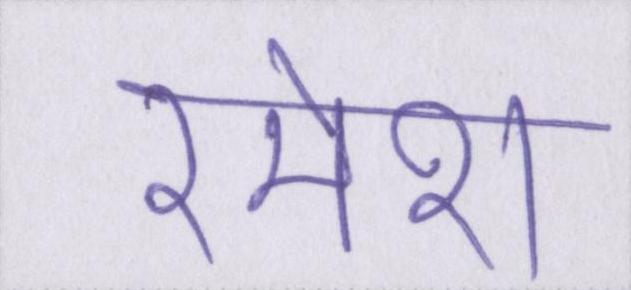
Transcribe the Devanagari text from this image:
रमेश